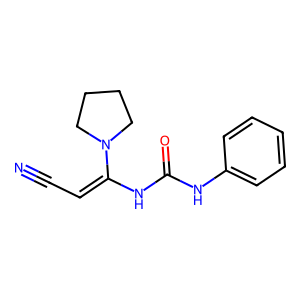
SMILES: N#CC=C(NC(=O)Nc1ccccc1)N1CCCC1
Inhibits HIV replication: No